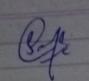
Signature authenticity: genuine